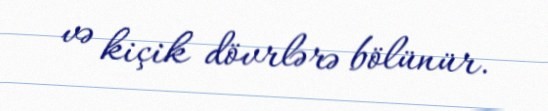
və kiçik dövrlərə bölünür.